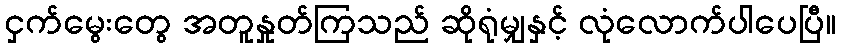
ငှက်မွေးတွေ အတူနှုတ်ကြသည် ဆိုရုံမျှနှင့် လုံလောက်ပါပေပြီ။